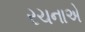
રચનાએ